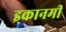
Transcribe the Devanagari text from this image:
इकानमी